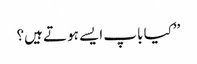
’’کیا باپ ایسے ہوتے ہیں؟